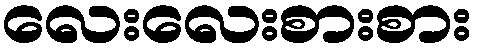
လေးလေးစားစား